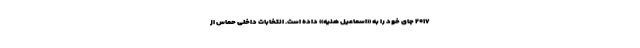
۲۰۱۷ جای خود را به «اسماعیل هنیه» داده است. انتخابات داخلی حماس از